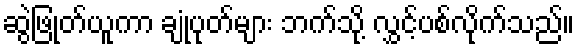
ဆွဲဖြုတ်ယူကာ ချုံပုတ်များ ဘက်သို့ လွှင့်ပစ်လိုက်သည်။